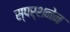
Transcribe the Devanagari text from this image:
स्पर्शनेन